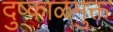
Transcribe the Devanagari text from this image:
दुष्काळमुक्त